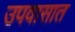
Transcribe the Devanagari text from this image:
उपवासात